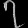
Digit: ၇